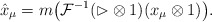
\begin{gather*}\hat{x}_\mu=m\big(\mathcal{F}^{-1}(\rhd\otimes 1)(x_\mu\otimes1)\big).\end{gather*}